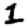
Digit: 1